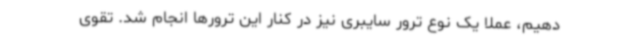
دهیم، عملا یک نوع ترور سایبری نیز در کنار این ترورها انجام شد. تقوی